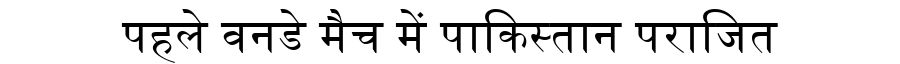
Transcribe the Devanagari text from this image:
पहले वनडे मैच में पाकिस्तान पराजित